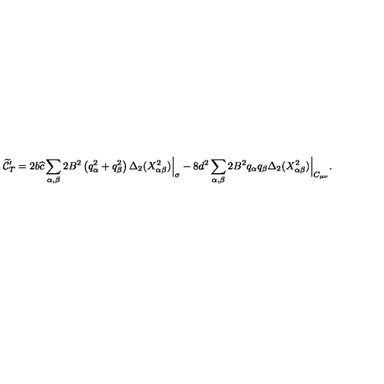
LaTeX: { \widetilde { \cal C } } _ { T } ^ { \prime } = 2 b { \widehat c } \sum _ { \alpha , \beta } 2 B ^ { 2 } \left( q _ { \alpha } ^ { 2 } + q _ { \beta } ^ { 2 } \right) \Delta _ { 2 } ( X _ { \alpha \beta } ^ { 2 } ) \Big | _ { \sigma } - 8 d ^ { 2 } \sum _ { \alpha , \beta } 2 B ^ { 2 } q _ { \alpha } q _ { \beta } \Delta _ { 2 } ( X _ { \alpha \beta } ^ { 2 } ) \Big | _ { C _ { \mu \nu } } .